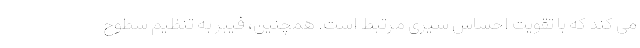
می کند که با تقویت احساس سیری مرتبط است. همچنین، فیبر به تنظیم سطوح